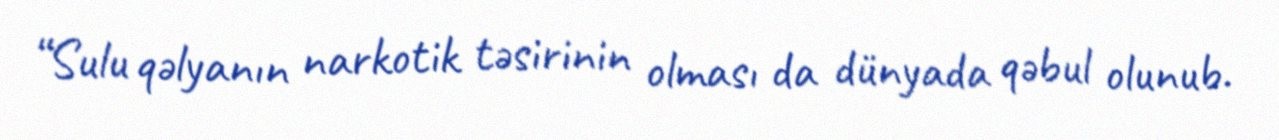
“Sulu qəlyanın narkotik təsirinin olması da dünyada qəbul olunub.